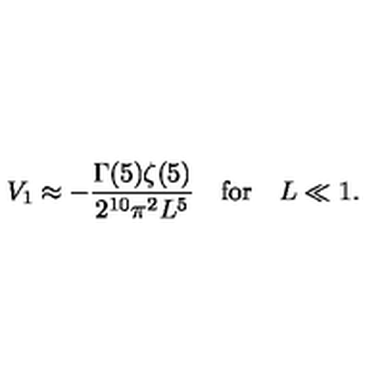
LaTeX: V _ { 1 } \approx - \frac { \Gamma ( 5 ) \zeta ( 5 ) } { 2 ^ { 1 0 } \pi ^ { 2 } L ^ { 5 } } \quad \mathrm { f o r } \quad L \ll 1 .